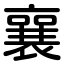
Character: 襄